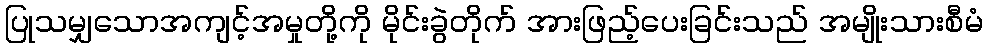
ပြုသမျှသောအကျင့်အမှုတို့ကို မိုင်းခွဲတိုက် အားဖြည့်ပေးခြင်းသည် အမျိုးသားစီမံ